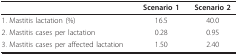
|  | Scenario 1 | Scenario 2 |
 | --- | --- | --- |
 | 1. Mastitis lactation (%) | 16.5 | 40.0 |
 | 2. Mastitis cases per lactation | 0.28 | 0.95 |
 | 3. Mastitis cases per affected lactation | 1.50 | 2.40 |